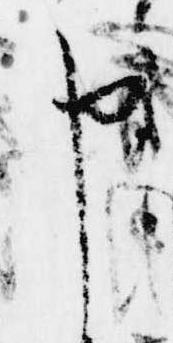
申